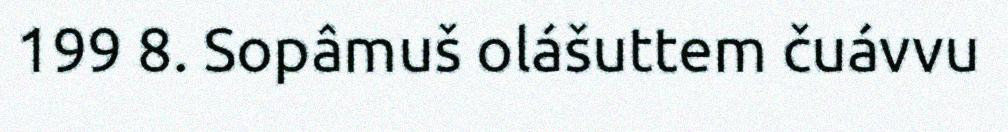
199 8. Sopâmuš olášuttem čuávvu